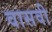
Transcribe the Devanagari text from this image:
वासवी